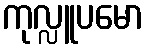
ကုလ္လူပမော